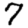
Digit: 7